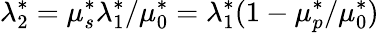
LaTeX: \lambda_{2}^{*}=\mu_{s}^{*}\lambda_{1}^{*}/\mu_{0}^{*}=\lambda_{1}^{*}(1-\mu_{p}^{*}/\mu_{0}^{*})